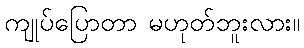
ကျုပ်ပြောတာ မဟုတ်ဘူးလား။